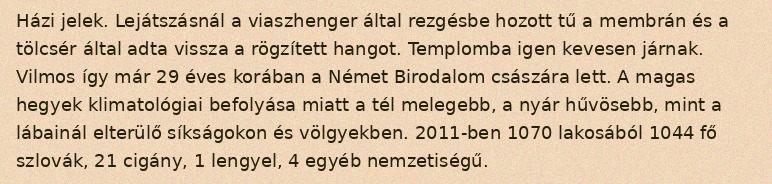
Házi jelek. Lejátszásnál a viaszhenger által rezgésbe hozott tű a membrán és a tölcsér által adta vissza a rögzített hangot. Templomba igen kevesen járnak. Vilmos így már 29 éves korában a Német Birodalom császára lett. A magas hegyek klimatológiai befolyása miatt a tél melegebb, a nyár hűvösebb, mint a lábainál elterülő síkságokon és völgyekben. 2011-ben 1070 lakosából 1044 fő szlovák, 21 cigány, 1 lengyel, 4 egyéb nemzetiségű.